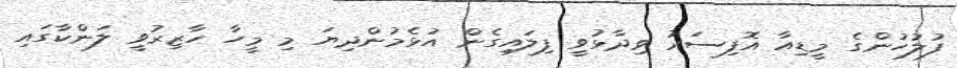
ފުލުހުންގެ މީޑިއާ އޮފިސަރު ވިދާޅުވީ ފިލައިގެން އުޅެމުންދިޔަ މި މީހާ ހާޒިރުވީ ލަންކާގައި